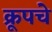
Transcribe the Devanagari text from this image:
क्रूपचे